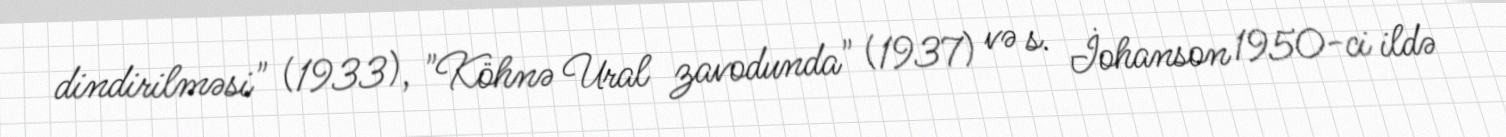
dindirilməsi" (1933), "Köhnə Ural zavodunda" (1937) və s. İohanson 1950-ci ildə